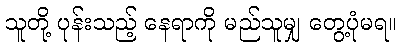
သူတို့ ပုန်းသည့် နေရာကို မည်သူမျှ တွေ့ပုံမရ။